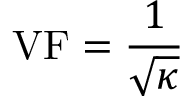
\mathrm { V F } = { \frac { 1 } { \sqrt { \kappa } } }